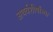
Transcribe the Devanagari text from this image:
अथर्वशीर्षांच्या